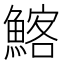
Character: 𩹃